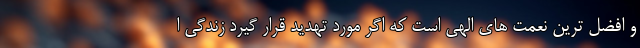
و افضل ترین نعمت های الهی است که اگر مورد تهدید قرار گیرد زندگی ا